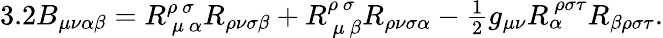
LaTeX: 3.2B_{\mu\nu\alpha\beta}=R_{\ \mu\ \alpha}^{\rho\ \sigma\ }R_{\rho\nu\sigma\beta}+R_{\ \mu\ \beta}^{\rho\ \sigma\ }R_{\rho\nu\sigma\alpha}-\textstyle{\frac{1}{2}}g_{\mu\nu}R_{\alpha}^{\ \rho\sigma\tau}R_{\beta\rho\sigma\tau}.